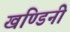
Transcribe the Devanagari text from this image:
खण्डिनी